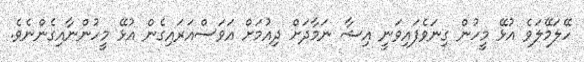
ހޭލަމޭލަވެ އުޅޭ މީހުން ގިނަވެފައިވަނީ އިޝާ ނަމާދަށް ދިއުމަށް އަވަސްއަރައިގެން އުޅޭ މީހުންނާއިގެންނެވެ.